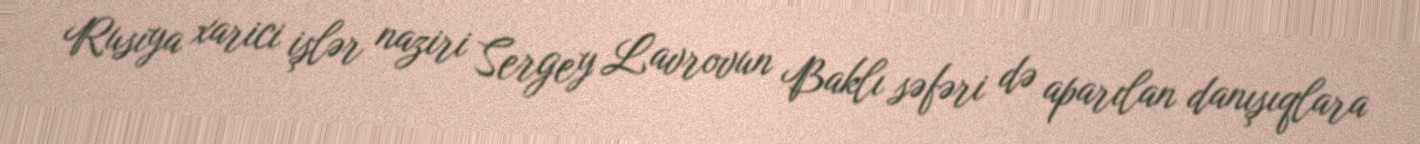
Rusiya xarici işlər naziri Sergey Lavrovun Baklı səfəri də aparılan danışıqlara